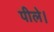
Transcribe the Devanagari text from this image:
पीले।